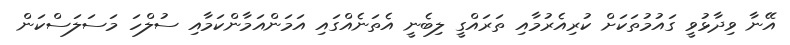
އޭނާ ވިދާޅުވީ ގައުމުތަކަށް ކުރިއެރުމާއި ތަރައްގީ ލިބެނީ އެތަނެއްގައި އަމަންއަމާންކަމާއި ސުލްހަ މަސަލަސްކަން